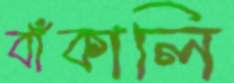
বাঁকালি